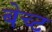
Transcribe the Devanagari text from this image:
बेच्ट